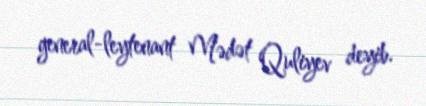
general-leytenant Mədət Quliyev deyib.